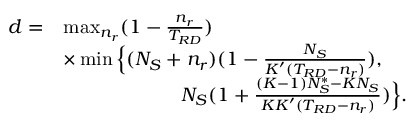
\begin{array} { r l } { d = } & { \operatorname* { m a x } _ { n _ { r } } ( 1 - \frac { n _ { r } } { T _ { R D } } ) } \\ & { \times \operatorname* { m i n } \Big \{ ( N _ { S } + n _ { r } ) ( 1 - \frac { N _ { S } } { K ^ { \prime } ( T _ { R D } - n _ { r } ) } ) , } \\ & { \quad \quad \quad \quad \quad \quad N _ { S } ( 1 + \frac { ( K - 1 ) N _ { S } ^ { \ast } - K N _ { S } } { K K ^ { \prime } ( T _ { R D } - n _ { r } ) } ) \Big \} . } \end{array}